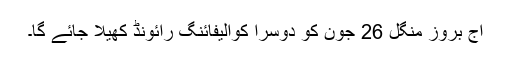
آج بروز منگل 26 جون کو دوسرا کوالیفائنگ رائونڈ کھیلا جائے گا۔